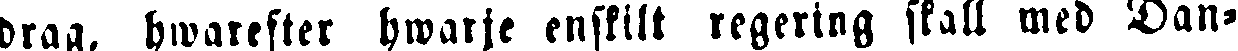
drag, hwarefter hwarje enskilt regering skall med Dan-